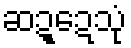
ဆဍ္ဍေသုံ